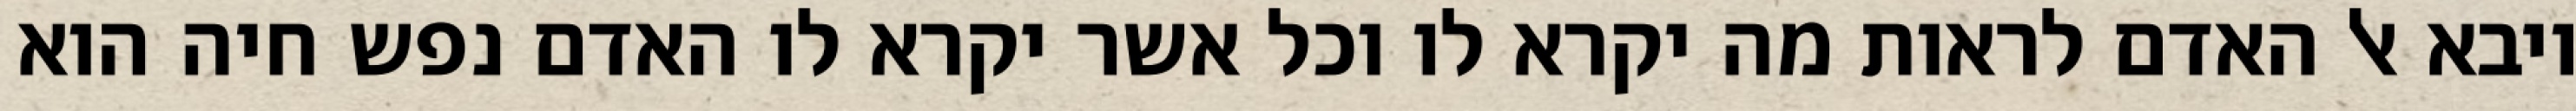
ויבא אל האדם לראות מה יקרא לו וכל אשר יקרא לו האדם נפש חיה הוא